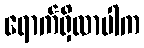
ရောက်ရှိလာပါက